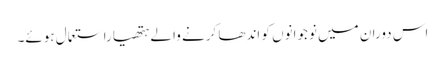
اس دوران میں نوجوانوں کو اندھا کرنے والے ہتھیاراستعمال ہوئے۔